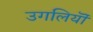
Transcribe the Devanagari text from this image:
उगलियॊं